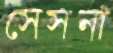
সেসনা